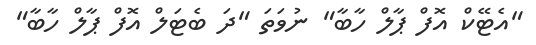
"އެޓޭކް އޮފް ޕާލް ހާބާ" ނުވަތަ "ދަ ބެޓަލް އޮފް ޕާލް ހާބާ"